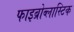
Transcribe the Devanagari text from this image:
फाइब्रोब्लास्टिक